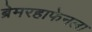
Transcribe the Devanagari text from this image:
ब्रेमरहाफेनला